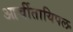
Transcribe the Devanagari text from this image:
आर्चीतायिपल